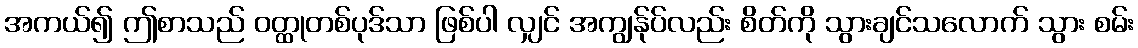
အကယ်၍ ဤစာသည် ဝတ္ထုတစ်ပုဒ်သာ ဖြစ်ပါ လျှင် အကျွန်ုပ်လည်း စိတ်ကို သွားချင်သလောက် သွား စမ်း